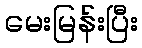
မေးမြန်းပြီး